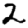
Digit: 2